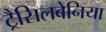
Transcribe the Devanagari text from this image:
ट्रैसिलबेनिया